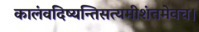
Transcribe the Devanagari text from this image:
कालंवदिष्यन्तिसत्यमीशंतमेवच।